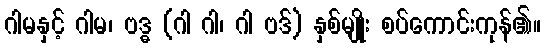
ဂါမနှင့် ဂါမ၊ ဗဒ္ဓ (ဂါ ဂါ၊ ဂါ ဗဒ်) နှစ်မျိုး စပ်ကောင်းကုန်၏။